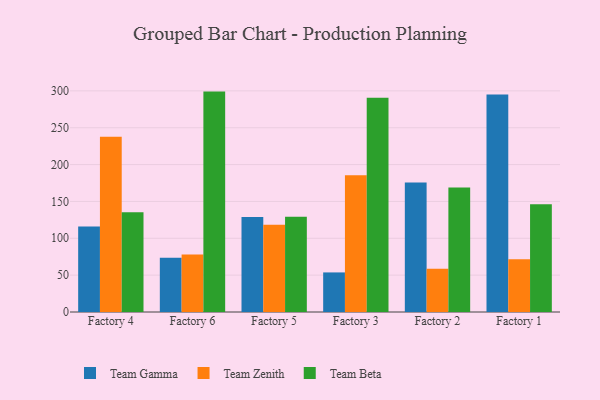
{"axis": {"x": "Factory", "y": "Revenue (USD Million)"}, "legend": ["Team Beta", "Team Gamma", "Team Zenith"], "data": [{"x": "Factory 4", "y": 115.9, "type": "Team Gamma"}, {"x": "Factory 4", "y": 237.6, "type": "Team Zenith"}, {"x": "Factory 4", "y": 135.4, "type": "Team Beta"}, {"x": "Factory 6", "y": 73.5, "type": "Team Gamma"}, {"x": "Factory 6", "y": 78.0, "type": "Team Zenith"}, {"x": "Factory 6", "y": 299.0, "type": "Team Beta"}, {"x": "Factory 5", "y": 128.9, "type": "Team Gamma"}, {"x": "Factory 5", "y": 118.4, "type": "Team Zenith"}, {"x": "Factory 5", "y": 129.2, "type": "Team Beta"}, {"x": "Factory 3", "y": 53.7, "type": "Team Gamma"}, {"x": "Factory 3", "y": 185.4, "type": "Team Zenith"}, {"x": "Factory 3", "y": 290.5, "type": "Team Beta"}, {"x": "Factory 2", "y": 175.7, "type": "Team Gamma"}, {"x": "Factory 2", "y": 58.6, "type": "Team Zenith"}, {"x": "Factory 2", "y": 168.8, "type": "Team Beta"}, {"x": "Factory 1", "y": 294.9, "type": "Team Gamma"}, {"x": "Factory 1", "y": 71.6, "type": "Team Zenith"}, {"x": "Factory 1", "y": 146.2, "type": "Team Beta"}]}